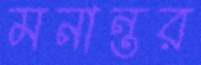
মনান্তর